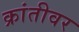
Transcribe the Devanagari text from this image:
क्रांतीवर